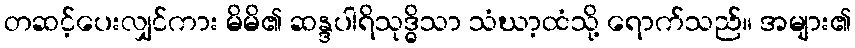
တဆင့်ပေးလျှင်ကား မိမိ၏ ဆန္ဒပါရိသုဒ္ဓိသာ သံဃာ့ထံသို့ ရောက်သည်။ အများ၏